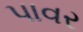
પાવર